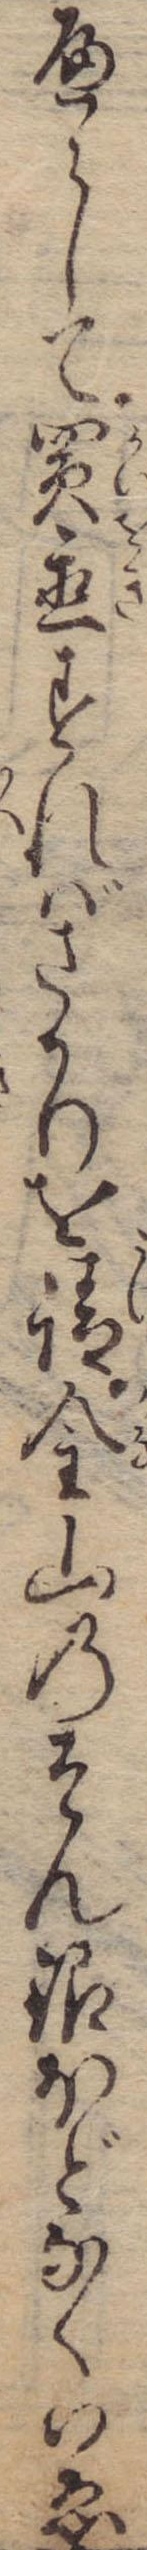
へらして買置すればさかりを請金山のそん銀ほどなくいゑ